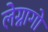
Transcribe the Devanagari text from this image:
लेग्नागो